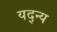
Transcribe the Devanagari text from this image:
यद्न्य